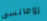
رومانسى